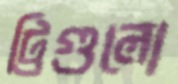
ট্রিগুলো